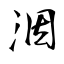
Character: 洇